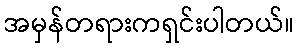
အမှန်တရားကရှင်းပါတယ်။